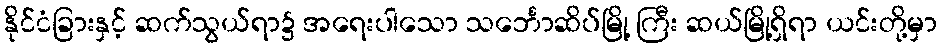
နိုင်ငံခြားနှင့် ဆက်သွယ်ရာ၌ အရေးပါသော သင်္ဘောဆိပ်မြို့ ကြီး ဆယ်မြို့ရှိရာ ယင်းတို့မှာ